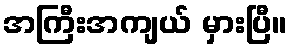
အကြီးအကျယ် မှားပြီ။